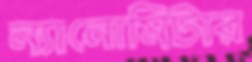
ন্যানোমিটার